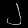
Digit: ၂